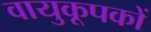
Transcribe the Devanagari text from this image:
वायुकूपकों